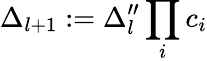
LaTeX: \Delta_{l+1}:=\Delta_{l}^{\prime\prime}\prod_{i}c_{i}